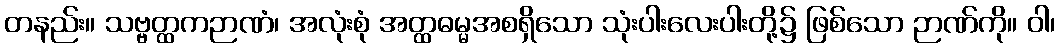
တနည်း။ သဗ္ဗတ္ထကဉာဏံ၊ အလုံးစုံ အတ္ထဓမ္မအစရှိသော သုံးပါးလေးပါးတို့၌ ဖြစ်သော ဉာဏ်ကို။ ဝါ၊